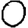
Digit: 0